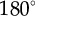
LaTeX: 1 8 0 ^ { \circ }